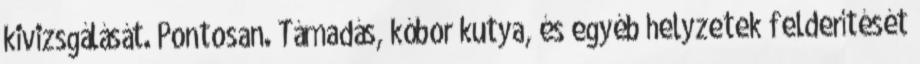
kivizsgálását. Pontosan. Támadás, kóbor kutya, és egyéb helyzetek felderítését